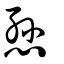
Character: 愻